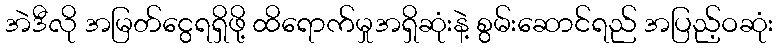
အဲဒီလို အမြတ်ငွေရရှိဖို့ ထိရောက်မှုအရှိဆုံးနဲ့ စွမ်းဆောင်ရည် အပြည့်ဝဆုံး